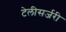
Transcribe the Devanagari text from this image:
टेलीसर्जरी